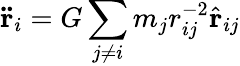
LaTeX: \mathbf{\ddot{r}}_{i}=G\sum_{j\neq i}m_{j}r_{ij}^{-2}{\hat{\mathbf{r}}}_{ij}